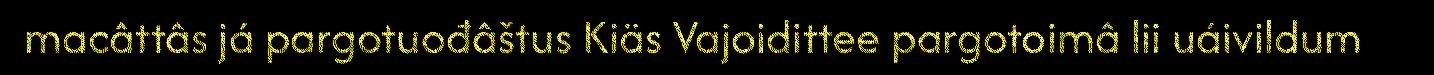
macâttâs já pargotuođâštus Kiäs Vajoidittee pargotoimâ lii uáivildum